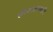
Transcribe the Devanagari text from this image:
छीछाल्यादरि